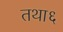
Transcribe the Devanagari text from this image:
तथा६